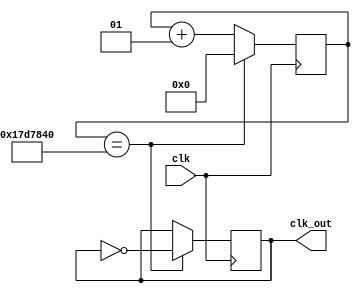
module clk_1Hz( 
	input clk, 
	output reg clk_out 
	);

localparam max_value = 25000000;
integer counter = 0;

initial
begin
	clk_out = 1'b0;
end


always@ (posedge clk)
    begin
        if (counter == max_value)
			begin
            counter <= 0;
				clk_out <= ~clk_out;
			end
        else
			begin
            counter <= counter + 1;
				clk_out <= clk_out;
			end
    end 

endmodule